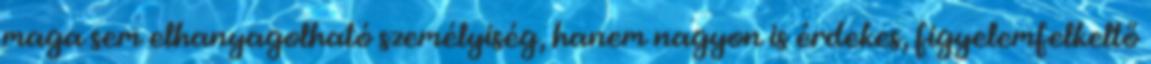
maga sem elhanyagolható személyiség, hanem nagyon is érdekes, figyelemfelkeltő